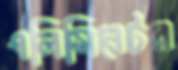
এলিমিনেটর